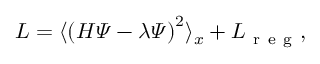
L = \langle \left( H \varPsi - \lambda \varPsi \right) ^ { 2 } \rangle _ { x } + L _ { \mathrm { ~ r ~ e ~ g ~ } } ,